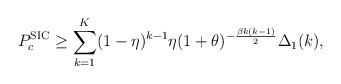
\begin{align*}P_{c}^\textnormal{SIC}\geq \sum_{k=1}^{K} (1-\eta)^{k-1} \eta (1+\theta)^{-\frac{\beta k(k-1)}{2}}\Delta_1(k),\end{align*}